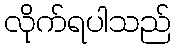
လိုက်ရပါသည်